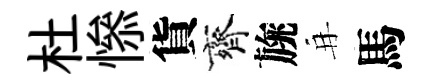
杜𢡖貨齊旐再馬